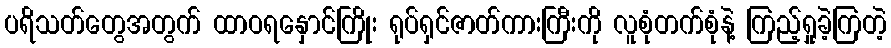
ပရိသတ်တွေအတွက် ထာဝရနှောင်ကြိုး ရုပ်ရှင်ဇာတ်ကားကြီးကို လူစုံတက်စုံနဲ့ ကြည့်ရှုခဲ့ကြတဲ့